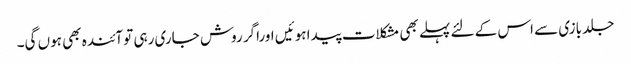
جلد بازی سے اس کے لئے پہلے بھی مشکلات پیدا ہوئیں اوراگر روش جاری رہی تو آئندہ بھی ہوں گی۔